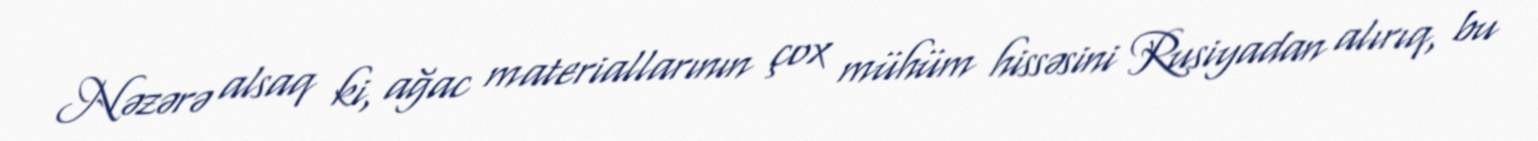
Nəzərə alsaq ki, ağac materiallarının çox mühüm hissəsini Rusiyadan alırıq, bu